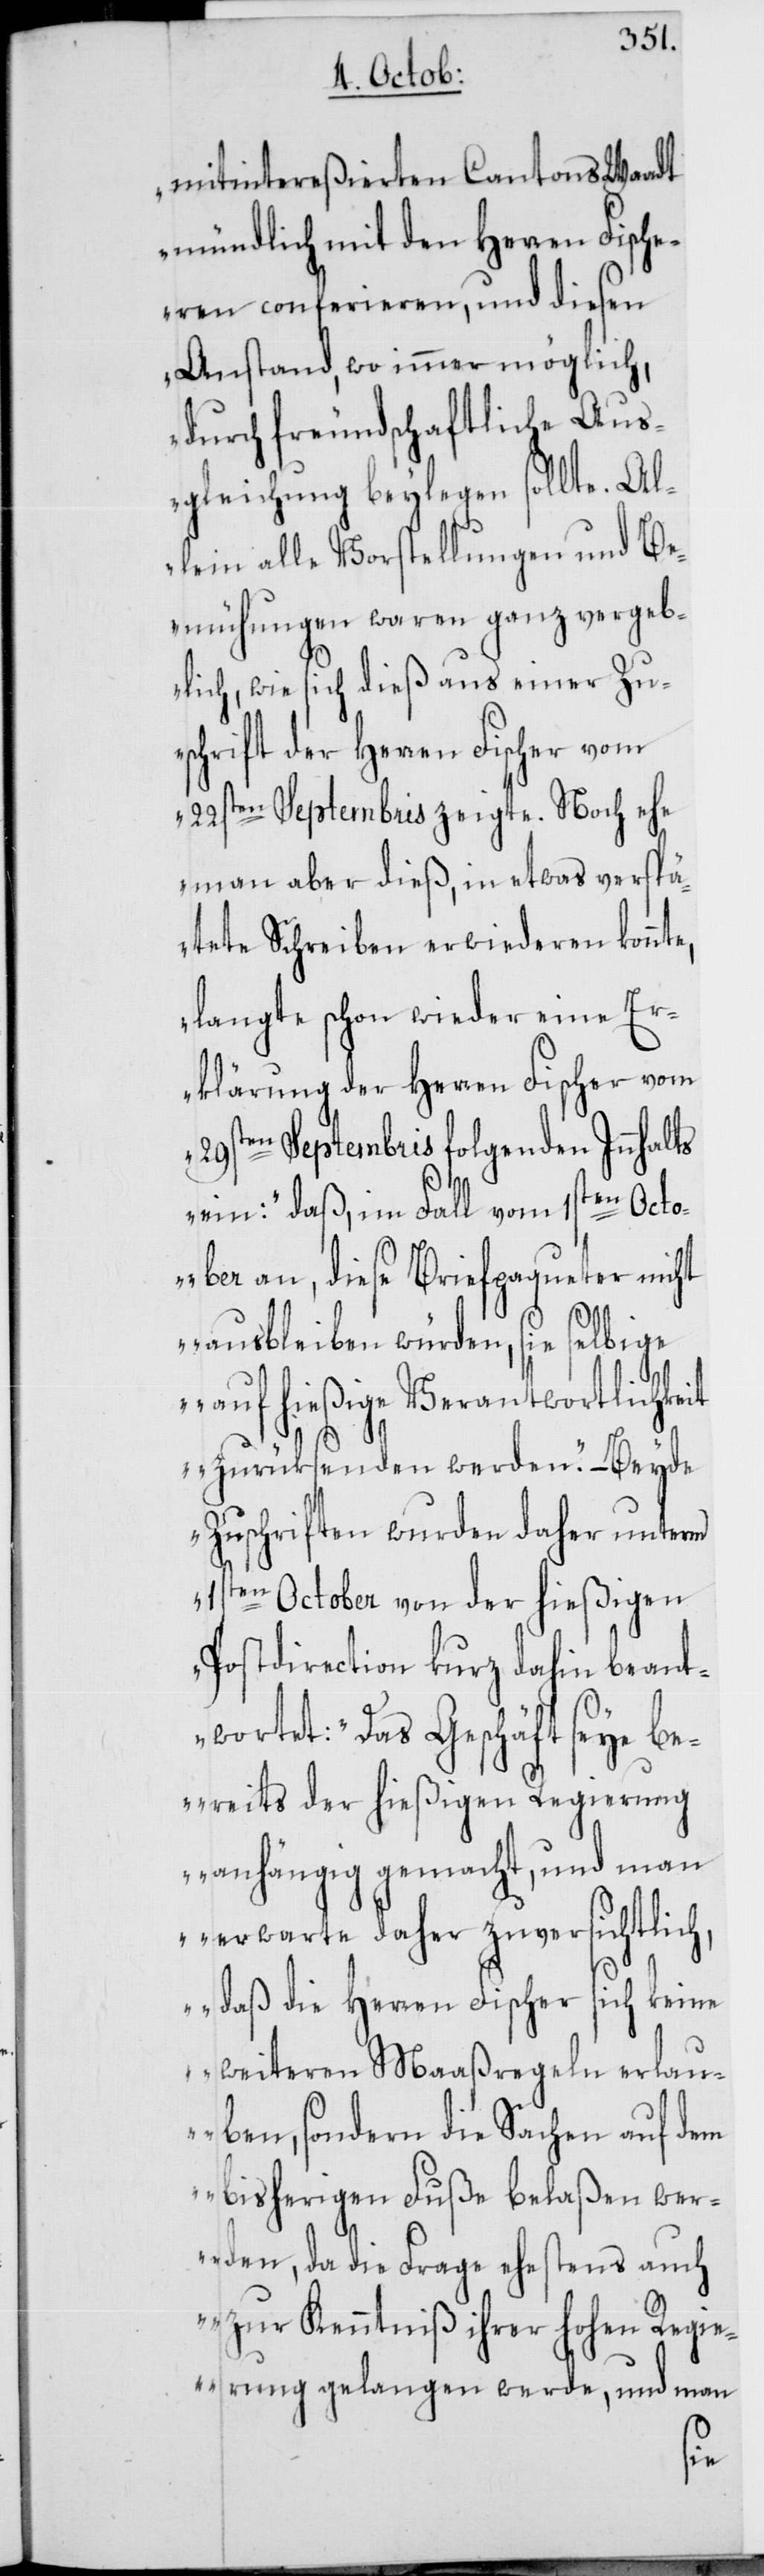
mitintereßierten Cantons Waadt
mündlich mit den Herren Fische¬
ren conferieren, und diesen
Anstand, wo immer möglich,
durch freundschaftliche Aus¬
gleichung beylegen sollte. Al¬
lein alle Vorstellungen und Be¬
mühungen waren ganz vergeb¬
lich, wie sich dieß aus einer Zu¬
schrift der Herren Fischer vom
22sten Septembris zeigte. Noch ehe
man aber dieß, in etwas verspä¬
tete Schreiben erwiederen konnt¬
langte schon wieder eine Er¬
klärung der Herren Fischer vom
29sten Septembris folgenden Innhalts
ein: „daß, im Fall vom 1sten Oct¬
ober an, diese Briefpaqueter nicht
ausbleiben würden, sie selbige
auf hießige Verantwortlichkeit
zurüksenden werden.“ – Beyde
Zuschriften wurden daher unterm
1sten October von der hießigen
Postdirection kurz dahin beant¬
wortet: „Das Geschäft seye b¬
ereits der hießigen Regierung
anhängig gemacht, und man
erwarte daher zuversichtlich,
daß die Herren Fischer sich keine
weiteren Maaßregeln erlau¬
ben, sondern die Sachen auf dem
bisherigen Fuße belaßen we¬
rden, da die Frage ehestens auch
zur Kenntniß ihrer hohen Regi¬
erung gelangen werde, und man
e,